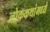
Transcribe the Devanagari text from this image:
लोककथांमध्ये